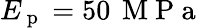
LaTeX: E_{\mathrm{~p~}}=50\, \mathrm{~M~P~a~}